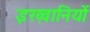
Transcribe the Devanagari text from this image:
इख़्वानियों